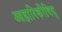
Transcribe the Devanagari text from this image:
आहारिकीविद्